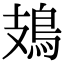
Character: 鳷